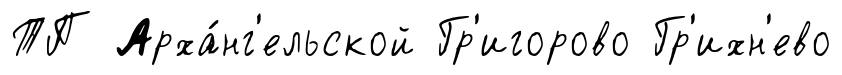
ТП Арха́нг'ельской Гр'игорово Гр'ихн'ево